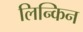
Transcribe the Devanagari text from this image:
लिन्किन